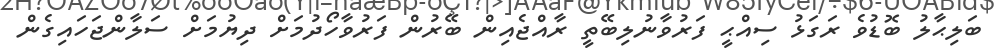
ބަލިޙާލު ބޮޑުވެ ރަގަޅު ސިއްޙީ ފަރުވާނުލިބޭތީ ރާއްޖެއިން ބޭރުން ފަރުވާހޯދުމަށް ދިޔުމަށް ސަލާންޖަހައިގެން